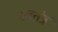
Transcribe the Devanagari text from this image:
स्वतंत्रं